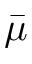
\bar { \mu }